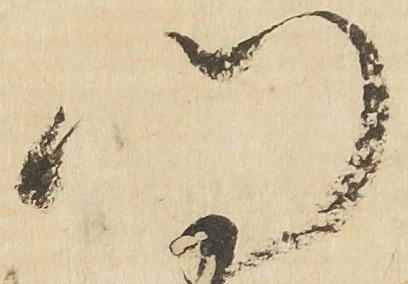
門